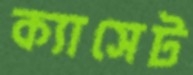
ক্যাসেট